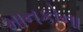
માનકોના